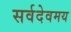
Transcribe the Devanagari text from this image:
सर्वदेवमय